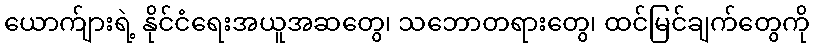
ယောက်ျားရဲ့ နိုင်ငံရေးအယူအဆတွေ၊ သဘောတရားတွေ၊ ထင်မြင်ချက်တွေကို